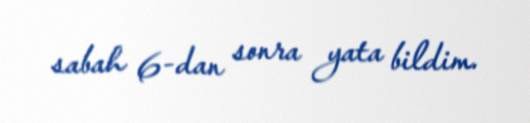
sabah 6-dan sonra yata bildim.